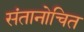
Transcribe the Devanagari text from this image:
संतानोचित